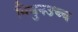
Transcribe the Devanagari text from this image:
मिथुनउच्च